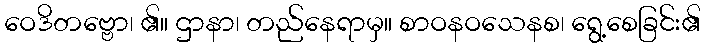
ဝေဒိတဗ္ဗော၊ ၏။ ဌာနာ၊ တည်နေရာမှ။ စာဝနဝသေနစ၊ ရွေ့စေခြင်း၏